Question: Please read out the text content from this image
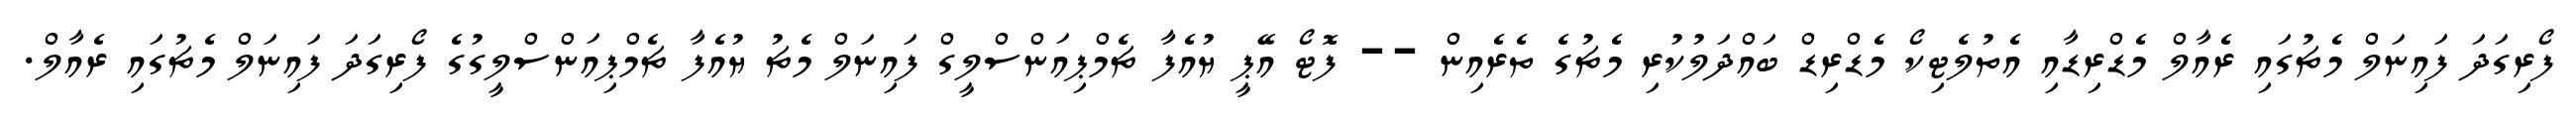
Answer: ފޯރިގަދަ ފައިނަލް މެޗުގައި ރެއާލް މެޑްރިޑާއި އެތުލެޓިކޯ މެޑްރިޑް ބައްދަލުކުރި މެޗުގެ ތެރެއިން -- ފޮޓޯ އޭޕީ ޔުއެފާ ޗެމްޕިއަންސްލީގް ފައިނަލް މެޗު ޔުއެފާ ޗެމްޕިއަންސްލީގުގެ ފޯރިގަދަ ފައިނަލް މެޗުގައި ރެއާލް.